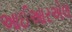
આઈઆરએલ